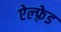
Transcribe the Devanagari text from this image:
ऐल्फ़्रेड